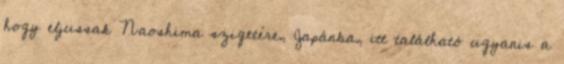
hogy eljussak Naoshima szigetére, Japánba, itt található ugyanis a